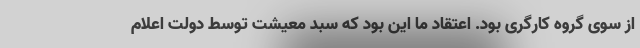
از سوی گروه کارگری بود. اعتقاد ما این بود که سبد معیشت توسط دولت اعلام